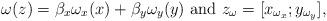
LaTeX: \begin{align*}\omega(z)=\beta_x\omega_x(x)+\beta_y\omega_y(y) \mbox{ and } z_\omega = [x_{\omega_x}; y_{\omega_y}],\end{align*}